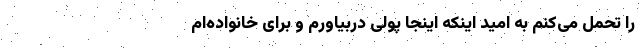
را تحمل می‌کنم به امید اینکه اینجا پولی دربیاورم و برای خانواده‌ام